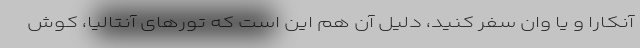
آنکارا و یا وان سفر کنید، دلیل آن هم این است که تورهای آنتالیا، کوش